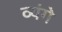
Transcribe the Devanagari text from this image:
व्यंगे